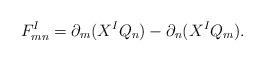
LaTeX: \begin{align*}F^I_{mn} =\partial_m(X^IQ_n)-\partial_n(X^IQ_m).\end{align*}